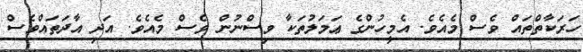
ހަރަކާތްތައް ވެސް މެއެވެ. އެމީހުންގެ ޢަމަލުތަކާ ވިސްނުން ވެސް މެއެވެ. އަދި އާދަތައްވެސް